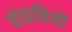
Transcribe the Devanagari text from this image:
संग्राहियों